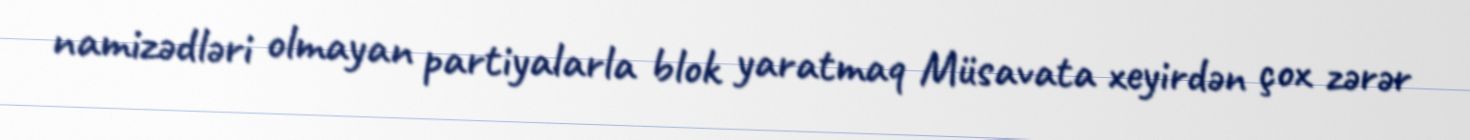
namizədləri olmayan partiyalarla blok yaratmaq Müsavata xeyirdən çox zərər